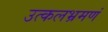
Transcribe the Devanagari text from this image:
उत्कलभ्रमणं